Vital statistics of India. Vol. VI, European troops 1870-79
Year: 1870
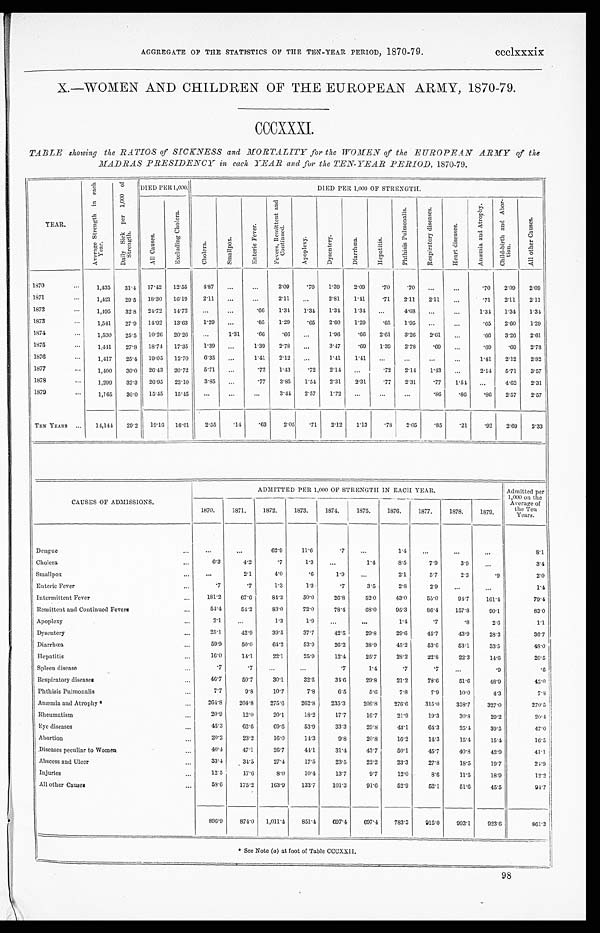
AGGREGATE OF THE STATISTICS OF THE TEN-YEAR PERIOD, 1870-79.
ccclxxxix
X.—WOMEN AND CHILDREN OF THE EUROPEAN ARMY, 1870-79.
CCCXXXI.
TABLE showing the RATIOS of SICKNESS and MORTALITY for the WOMEN of the EUROPEAN ARMY of the
MADRAS PRESIDENCY in each YEAR and for the TEN-YEAR PERIOD, 1870-79.
YEAR.
A v e r a g e S t r e n g t h i n e a c h
Y e a r .
D a i l y S i c k p e r 1 , 0 0 0 o f
S t r e n g t h . DIED PER 1,000.
DIED PER 1,000 OF STRENGTH.
A l l C a u s e s .
E x c l u d i n g C h o l e r a .
C h o l e r a .
S m a l l p o x .
E n t e r i c F e v e r .
F e v e r s , R e m i t t e n t a n d
C o n t i n u e d .
A p o p l e x y .
D y s e n t e r y .
D i a r r h œ a .
H e p a t i t i s .
P h t h i s i s P u l m o n a l i s .
R e s p i r a t o r y d i s e a s e s .
H e a r t d i s e a s e s .
A n æ m i a a n d A t r o p h y .
C h i l d - b i r t h a n d A b o r -
t i on.
A l l o t h e r C a u s e s .
1870
. . .
1,435 31.4 17.42 12.55
4 . 8 7 ...
. . .
2.09 .70 1.39 2.09 .70
.70 ...
...
. 7 02.09 2.09
1871
. . . 1,421
29. 5 18.30 16.19
2.11 ...
. . . 2.11
. . .
2.81 1.41
.71 2.11 2.11 ...
. 7 1 2.11 2.11
1872
. . . 1,495 32.8 24.72 14.72 ...
. . . .66 1.34 1.34 1.34 1.34 . . . 4.68 ...
. . .
1 . 3 4
1.34 1.34
1873
...
1,541
27. 9 14.92 13.63 1.29 ...
.65 1.29
.65 2.60 1.29
.65 1.95 ...
...
.65 2.60 1.29
1874
...
1,530 25.5 10.26 20.26 ...
1.31
.66
.66
. . . 1.96
. 66 2.61 3.26 2.61 ...
.66 3.26 2.61
1875
...
1,441 27.8 18.74 17.35 1.39 ...
1.39 2.78 ...
3.47
.69 1.39 2.78 .69
. . .
.69
.69 2.78
1876
...
1,417 25.4 19.05 12.70 6.35
. . .
1.41 2.12 ...
1.41 1.41
. . . ... ...
. . .
1. 41
2.12 2.82
1877
. . . 1,400 30.0 26.43 20.72 5.71 ...
.72 1.43
.72 2.14 ...
.72 2.14
1 . 4 3 ...
2.14 5.71 3.57
1878
...
1,299 32.3 26.95 23.10
3.85 ...
.77 3.85 1.54 2.31 2.31 .77 2.31 .77 1.54 . . .
4.62 2.31
1879
...
1,165 30.0 15.45 15.45
. . . ...
...
3.44 2.57 1.72 ...
. . .
...
.86 .86
.86 2.57 2.57
TEN YEARS ... 14,144 29.2 19.16 16.61 2.55 .14
.63
2.05 .71 2.12 1.13
.78 2.05 .85
.21
.92 2.69 2.33
CAUSES OF ADMISSIONS.
ADMITTED PER 1,000 OF STRENGTH IN EACH YEAR.
Admitted per
1,000 on the
Average of
the Ten
Years.
1870.
1871.
1872.
1873.
1874.
1875.
1876.
1877.
1878.
1879.
Dengue
...
...
...
62. 9
11.6
.7
...
1. 4
...
...
. . .
8.1
Cholera
...
6.3
4.2
.7
1.3 ...
1.4
8.5
7.9
3.9
. . .
3.4
Smallpox
...
...
2.1
4.0
.6
1.9
. . .
2. 1
5.7
2.3
.9
2.0
Enteric Fever
...
.7
.7
1.3
1.3
.7
3.5
2. 8
2.9 . . .
...
1 . 4
Intermittent Fever
...
181.2
67.6
84.3
50.0
26.8
52.0
43.0
55.0
94.7 161.4
79.4
Remittent and Continued Fevers
...
5 4 . 4
54.2
83.0
72.0
78.4
68.0
95. 3
86.4 157.8
90.1
83.0
Apoplexy
. . .
2.1
. . .
1.3
1.9
. . .
. . .
1. 4
.7
.8
2.6
1.1
Dysentery
...
25.1
42.9
39.5
37.7
42.5
29.8
29. 6
45.7
43.9
28.3
36.7
Diarrhœa
...
59.9
50.0
64.2
53.9
26.2
38.9
45.2
53.6
53.1
33.5
48.0
Hepatitis
...
16.0
14.1
22.1
25.9
12.4
25.7
28. 2
22.8
22.3
14.6
20.5
Spleen disease
...
.7
.7
...
. . .
.7
1.4
.7
. 7
. . .
.9
.6
Respiratory diseases
. . .
4 6 . 7
50.7
30.1
32.5
34.6
29.8
21.2
78.6
51.6
48.9
42.0
Phthisis Pulmonalis
. . .
7.7
9.8
10.7
7.8
6.5
5.6
7. 8
7.9
10.0
4.3
7.8
Anæmia and Atrophy *
...
264.8
204.8
275.6
262.8 235.3
206.8 276.6
315.0
358.7
327.0
270.5
Rheumatism
...
20.9
12.0
20.1
18.2
17.7
16.7
21.9
19.3
30.8
29.2
20.4
Eye diseases
. . .
4 5 . 3
62.6
69.6
53.9
33.3
29.8
43.1
64.3
25.4
39.5
4 7 . 0
Abortion
...
20.2
23.2
16.0
14.3
9.8
20.8
16.2
14.3
15.4
15.4
16.5
Diseases peculiar to Women
...
40.4
47.1
26.7
44.1
31.4
43.7
50.1
45.7
40.8
42.9
41.1
Abscess and Ulcer
...
3 3 . 4
34.5
27.4
17.5
23.5
22.2
23.3
27.8
18.5
19.7
24.9
Injuries
...
1 2 . 5
17.6
8.0
10.4
13.7
9.7
12. 0
8.6
11.5
18.9
12.2
All other Causes
...
58.6
175.2
163.9
133.7 101.3
91.6
52. 9
52.1
51.6
45.5
94.7
896.9
874.0 1,011.4
851.4 697.4
697.4
783.3
915.0
993.1 923.6
861.3
* See Note (a) at foot of Table CCCXXII.
98